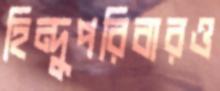
হিন্দুপরিবারও